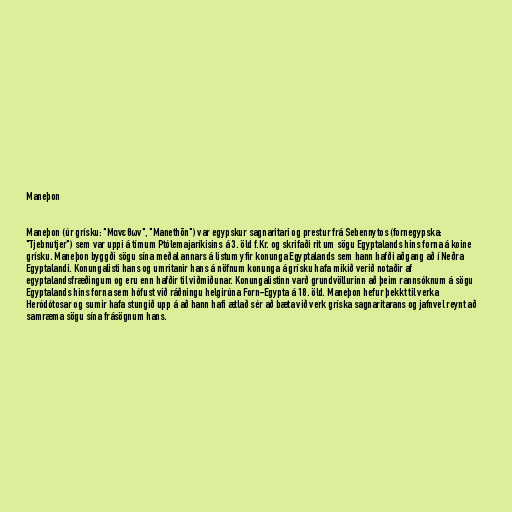
Maneþon

Maneþon (úr grísku: "Μανεθων", "Manethōn") var egypskur sagnaritari og prestur frá Sebennytos (fornegypska:
"Tjebnutjer") sem var uppi á tímum Ptólemajaríkisins á 3. öld f.Kr. og skrifaði rit um sögu Egyptalands hins forna á koine
grísku. Maneþon byggði sögu sína meðal annars á listum yfir konunga Egyptalands sem hann hafði aðgang að í Neðra
Egyptalandi. Konungalisti hans og umritanir hans á nöfnum konunga á grísku hafa mikið verið notaðir af
egyptalandsfræðingum og eru enn hafðir til viðmiðunar. Konungalistinn varð grundvöllurinn að þeim rannsóknum á sögu
Egyptalands hins forna sem hófust við ráðningu helgirúna Forn-Egypta á 18. öld. Maneþon hefur þekkt til verka
Heródótosar og sumir hafa stungið upp á að hann hafi ætlað sér að bæta við verk gríska sagnaritarans og jafnvel reynt að
samræma sögu sína frásögnum hans.